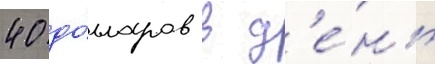
40 до́лларов в д'е́нь